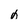
Character: 0